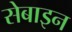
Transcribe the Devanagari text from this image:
सेबाइन